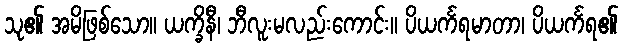
သု၏ အမိဖြစ်သော။ ယက္ခိနီ၊ ဘီလူးမလည်းကောင်း။ ပိယင်္ကရမာတာ၊ ပိယင်္ကရ၏